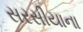
સરસીયાના